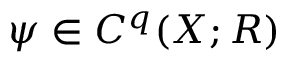
\psi \in C ^ { q } ( X ; R )